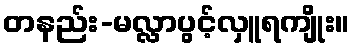
တနည်း-မလ္လာပွင့်လှူရကျိုး။